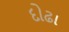
દોઢા